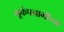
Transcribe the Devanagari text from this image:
भूकंपनाभीच्या